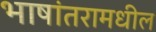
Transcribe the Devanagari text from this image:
भाषांतरामधील